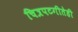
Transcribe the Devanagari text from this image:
चित्रपटगीतेही